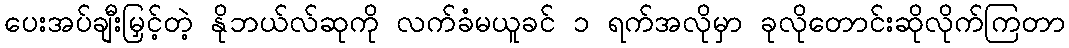
ပေးအပ်ချီးမြှင့်တဲ့ နိုဘယ်လ်ဆုကို လက်ခံမယူခင် ၁ ရက်အလိုမှာ ခုလိုတောင်းဆိုလိုက်ကြတာ